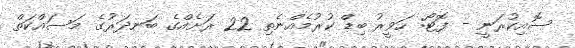
ސޮއިކުރަނީ - ފޮޓޯ: ހަވީރު ބިޑް ކުރުމެއްނެތި 22 ރަށެއްގެ ބަނދަރުގެ މަސައްކަތް